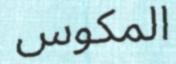
المكوس